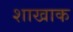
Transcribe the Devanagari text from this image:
शाखाक